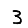
Digit: 3